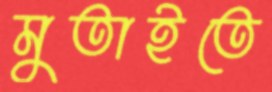
মুতাইতে